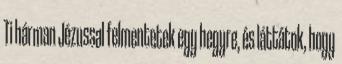
Ti hárman Jézussal felmentetek egy hegyre, és láttátok, hogy